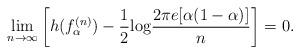
LaTeX: \begin{align*} \lim_{n \rightarrow \infty} \left[h(f_{\alpha}^{(n)})-\frac{1}{2} {\rm log}\frac{2 \pi e [\alpha (1-\alpha)]}{n} \right] = 0.\end{align*}